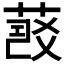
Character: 𦷠